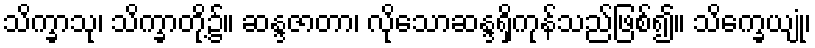
သိက္ခာသု၊ သိက္ခာတို့၌။ ဆန္ဒဇာတာ၊ လိုသောဆန္ဒရှိကုန်သည်ဖြစ်၍။ သိက္ခေယျုံ၊